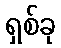
ရှစ်ခု